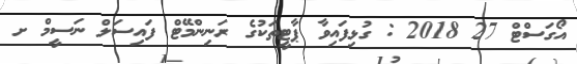
އޯގަސްޓް 27 2018 : ގުޅިފައިވާ ޕާޓީތަކުގެ ރަނިންްމޭޓް ފައިސަލް ނަސީމް ށ